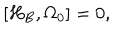
LaTeX: \left[ H _ { B } , \Omega _ { 0 } \right] = 0 ,